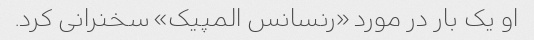
او یک بار در مورد «رنسانس المپیک» سخنرانی کرد.